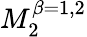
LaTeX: M_{2}^{\beta=1,2}